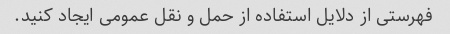
فهرستی از دلایل استفاده از حمل و نقل عمومی ایجاد کنید.